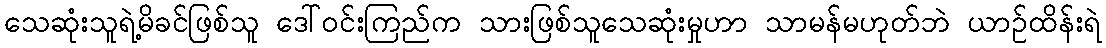
သေဆုံးသူရဲ့မိခင်ဖြစ်သူ ဒေါ်ဝင်းကြည်က သားဖြစ်သူသေဆုံးမှုဟာ သာမန်မဟုတ်ဘဲ ယာဉ်ထိန်းရဲ